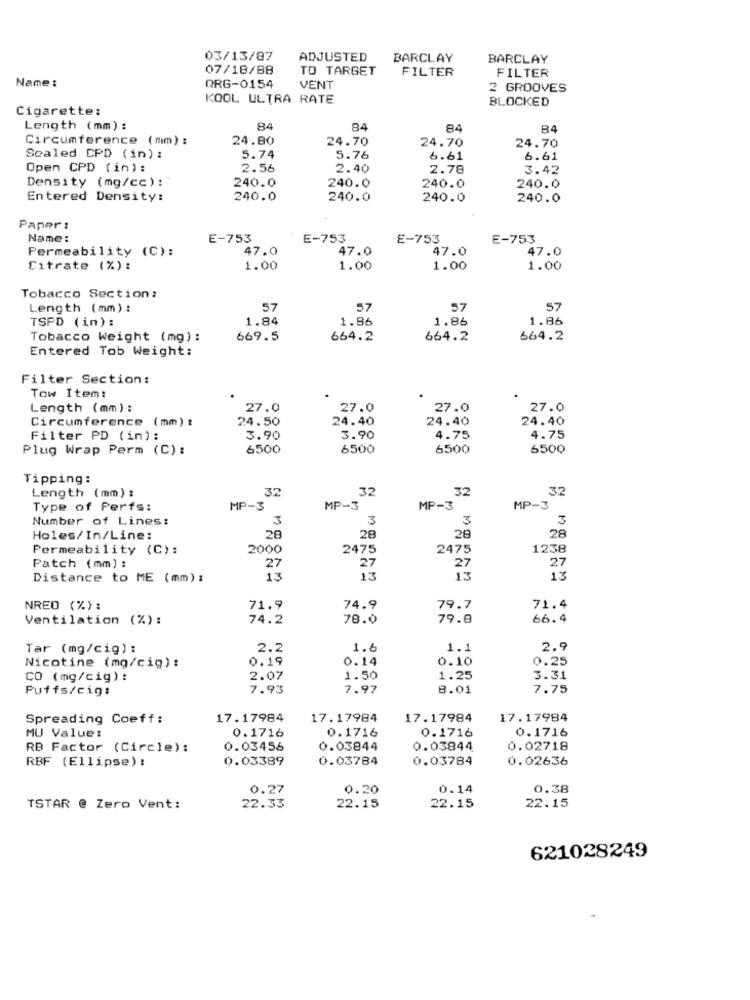
03/13/87
ADJUSTED
BARCLAY
BARCLAY
07/18/88
TO TARGET
FILTER
Name :
FILTER
QRG-0154
VENT
2 GROOVES
KOOL ULTRA RATE
BLOCKED
Cigarette:
Length (mm) :
84
84
84
B4
Circumference (mm) :
24.80
24.70
24.70
24.70
Scaled CPD ( in) :
5.74
5.76
6.61
6.61
Open CPD (in):
2.56
2.40
2.78
3.42
Density (mg/cc) :
240.0
240.0
240.0
240.0
Entered Density:
240.0
240.0
240.0
240.0
Paper :
Name:
E-753
E-753
E-753
E-753
Permeability (C):
47.0
47.0
47.0
47.0
Citrate (%):
1.00
1.00
1.00
1.00
Tobacco Section:
Length (mm) :
57
57
57
57
TSPD (in) :
1.84
1.86
1.86
1.86
Tobacco Weight (mg) :
669.5
664.2
664.2
664.2
Entered Tob Weight:
Filter Section:
Tow Item:
Length (mm) :
27.0
27.0
27.0
27.0
Circumference (mm) :
24.50
24.40
24.40
24.40
Filter PD (in) :
3.90
3.90
4.75
4.75
Plug Wrap Perm (C) :
6500
6500
6500
6500
Tipping:
Length (mm) :
32
32
32
32
Type of Perfs:
MP-3
MP-3
MP-3
MP-3
Number of Lines:
3
3
3
3
Holes/In/Line:
28
28
28
28
Permeability (C):
2000
2475
2475
1238
27
27
Patch (mm) :
27
27
Distance to ME (mm) :
13
13
13
13
NREO (%):
71.9
74.9
79.7
71.4
Ventilation (%):
74.2
78.0
79.8
66.4
Tar (mg/cig) :
2.2
1.6
1.1
2.9
Nicotine (mg/cig):
0.19
0.14
0.10
0.25
CO (mg/cig) :
2.07
1.50
1.25
3.31
Puffs/cig:
7.93
7.97
8.01
7.75
Spreading Coeff:
17.17984
17.17984
17.17984
17.17984
0.1716
0.1716
0.1716
MU Value:
0.1716
RB Factor (Circle):
0.03456
0.03844
0.03844
0.02718
RBF (Ellipse) :
0.03389
0.03784
0.03784
0.02636
0.27
0.20
0.14
0.38
TSTAR @ Zero Vent:
22.33
22.15
22.15
22.15
621028249